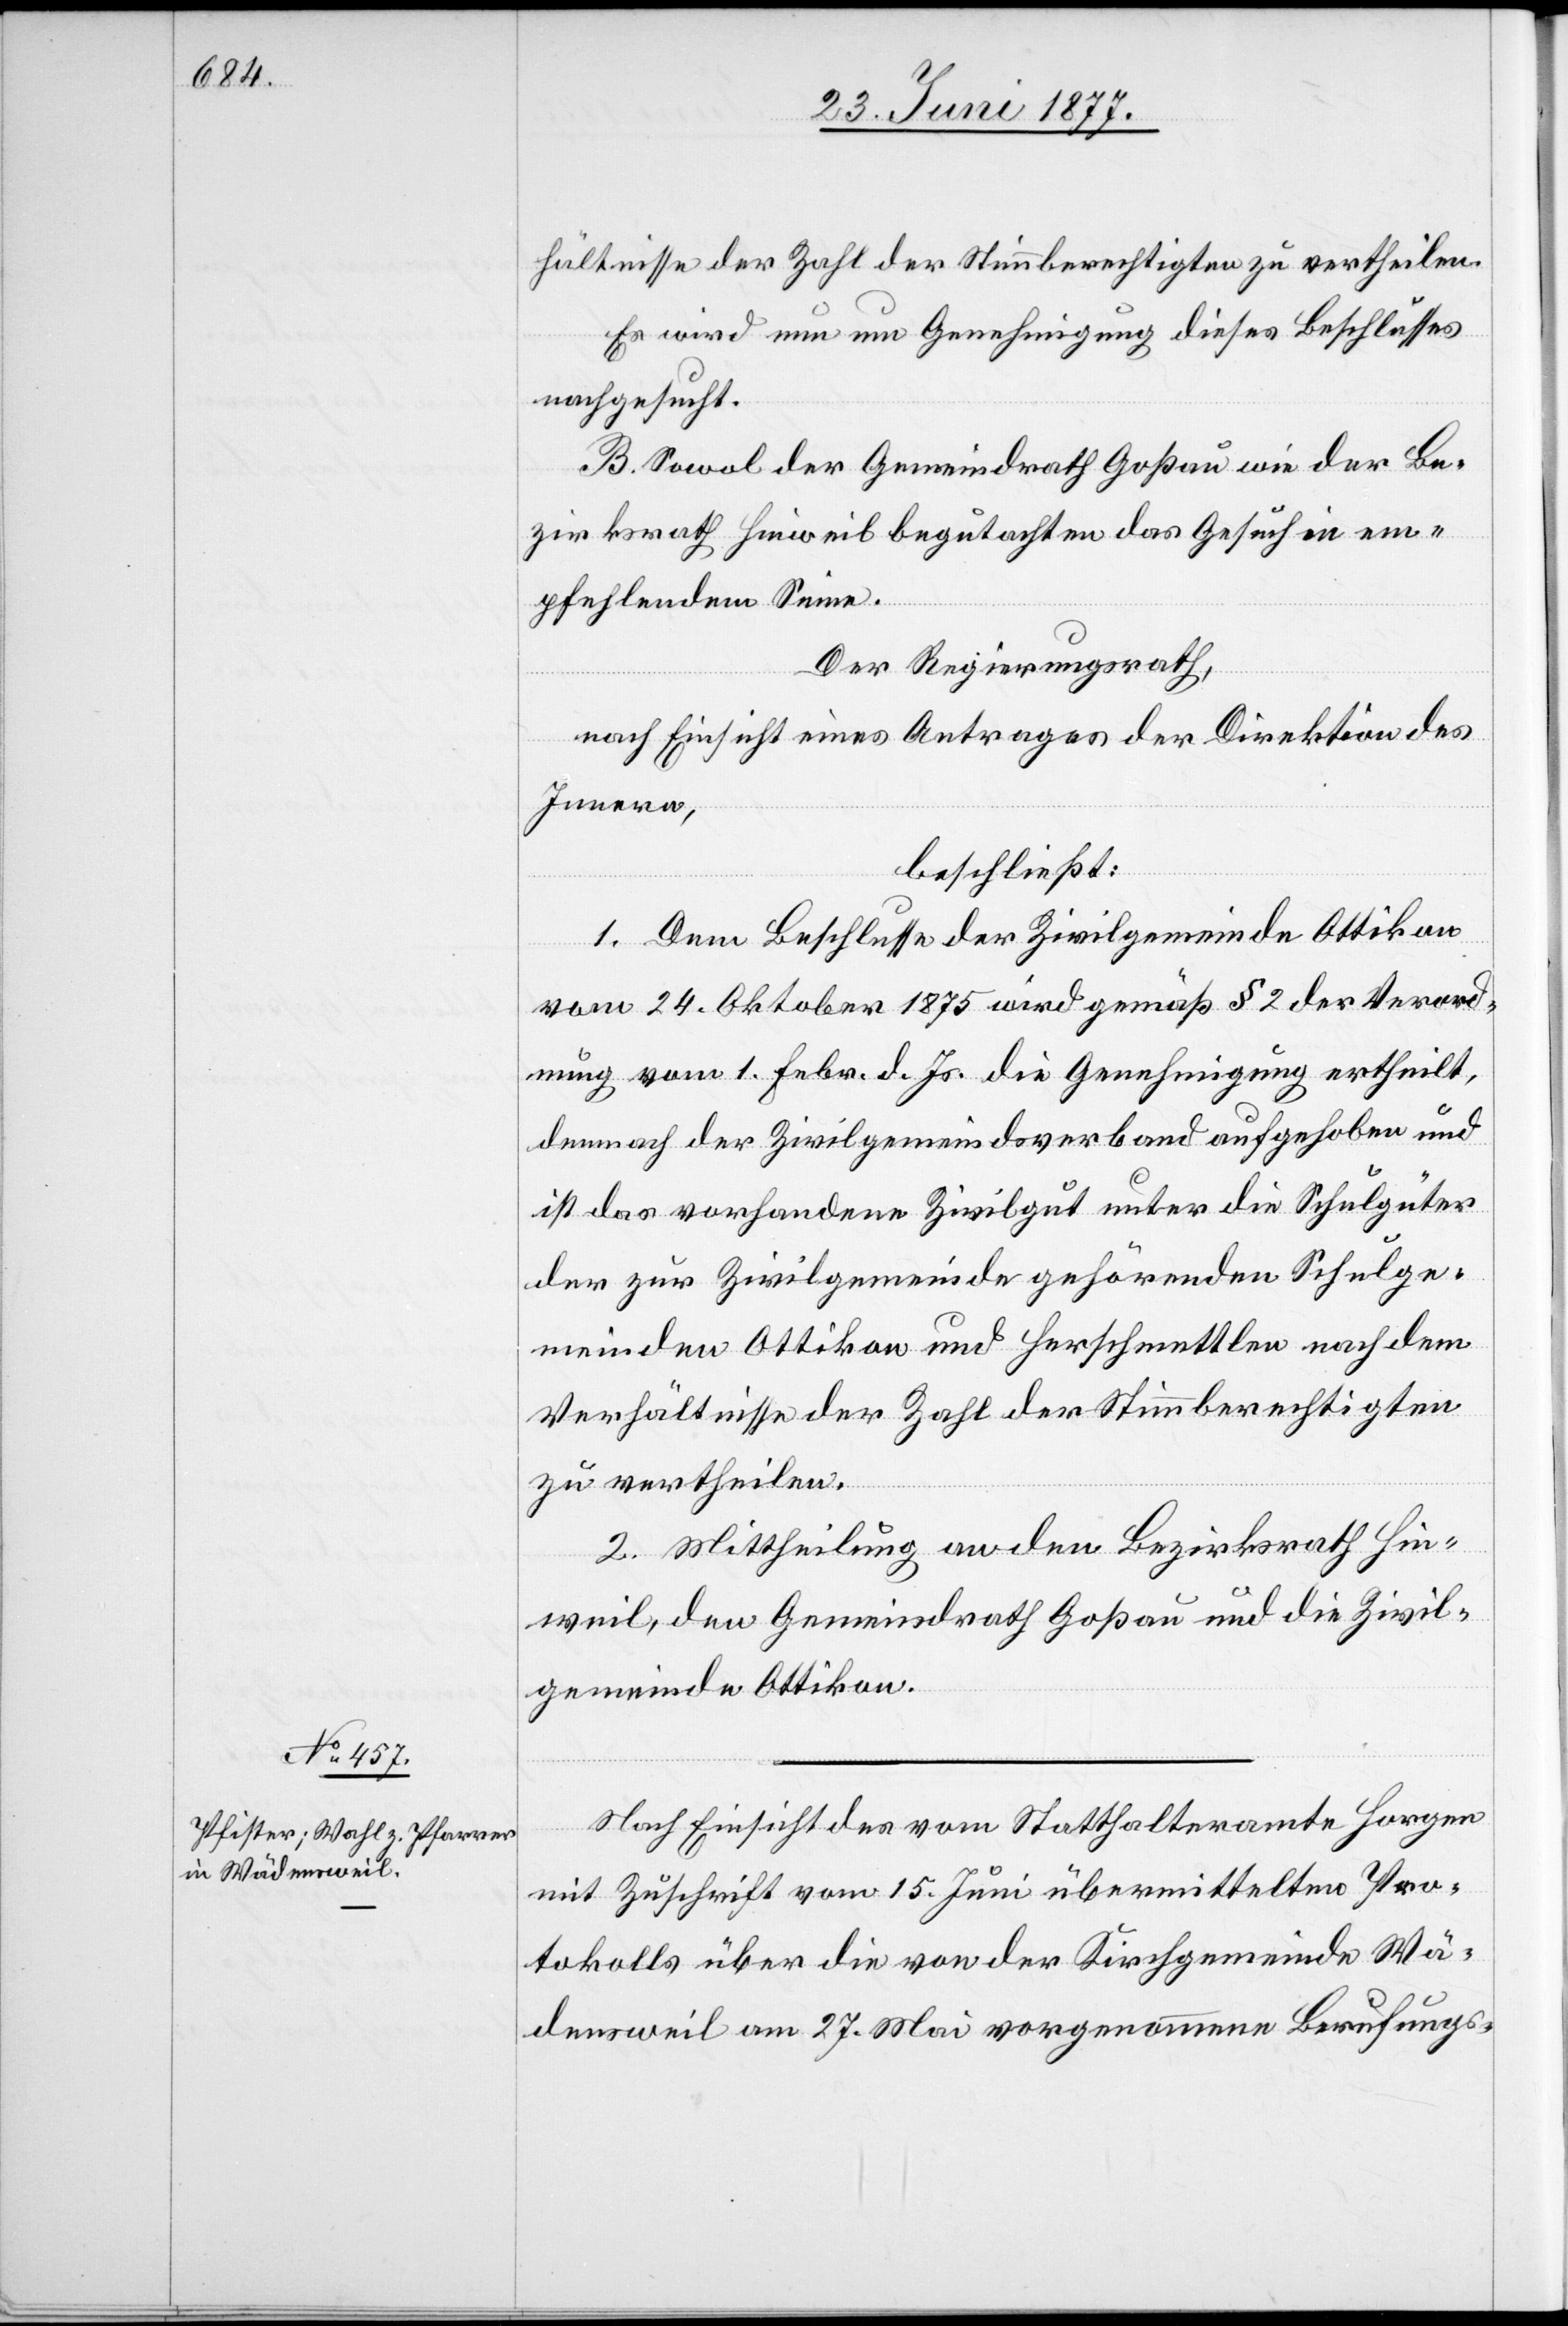
hältnisse der Zahl der Stimmberechtigten zu vertheilen.
Es wird nun um Genehmigung dieses Beschlusses
nachgesucht.
B. Sowol der Gemeindrath Goßau wie der Be¬
zirksrath Hinweil begutachten das Gesuch in em¬
pfehlendem Sinne.
Der Regierungsrath,
nach Einsicht eines Antrages der Direktion des
Innern,
beschließt:
1. Dem Beschlusse der Zivilgemeinde Ottikon
vom 24. Oktober 1875 wird gemäß § 2 der Verord¬
nung vom 1. Febr. d. Js. die Genehmigung ertheilt,
demnach der Zivilgemeindsverband aufgehoben und
ist das vorhandene Zivilgut unter die Schulgüter
der zur Zivilgemeinde gehörenden Schulge¬
meinden Ottikon und Herschmettlen nach dem
Verhältnisse der Zahl der Stimmberechtigten
zu vertheilen.
2. Mittheilung an den Bezirksrath Hin¬
weil, den Gemeindrath Goßau und die Zivil¬
gemeinde Ottikon.
Nach Einsicht des vom Statthalteramte Horgen
mit Zuschrift vom 15. Juni übermittelten Pro¬
tokolls über die von der Kirchgemeinde Wä¬
densweil am 27. Mai vorgenommene Berufungs-